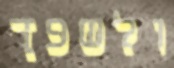
ולשפך